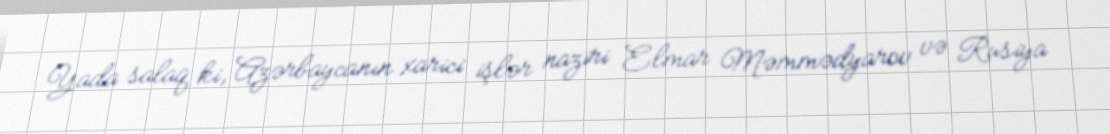
Yada salaq ki, Azərbaycanın xarici işlər naziri Elmar Məmmədyarov və Rusiya